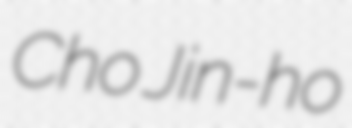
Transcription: Cho Jin-ho